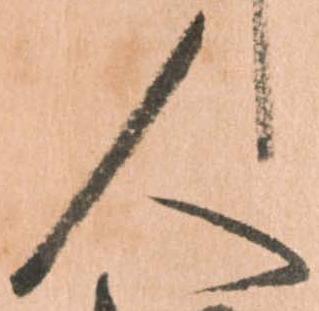
人